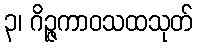
၃၊ ဂိဉ္ဇကာဝသထသုတ်